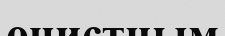
очистным